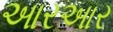
આરઆર